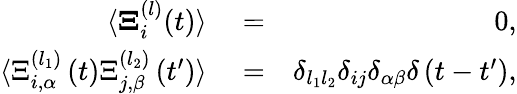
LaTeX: \begin{array}{rlr}{\langle{\mathbf\Xi}_{i}^{(l)}(t)\rangle}&{{}=}&{0,}\\ {\langle{\Xi}_{i,\alpha}^{(l_{1})}\left(t\right){\Xi}_{j,\beta}^{(l_{2})}\left(t^{\prime}\right)\rangle}&{{}=}&{\delta_{l_{1}l_{2}}\delta_{ij}\delta_{\alpha\beta}\delta\left(t-t^{\prime}\right),}\end{array}